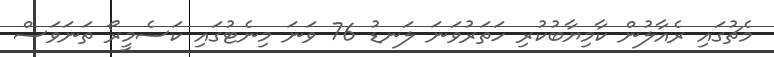
މެޗުގައި ރެއާލުން ކާމިޔާބުކުރި ހަތަރުވަނަ ލަނޑު 76 ވަނަ މިނެޓުގައި ކަސެމީރޯ ތަނަވަސް